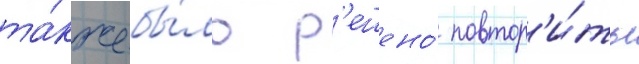
та́кже бы́ло р'ешено́ повтор'и́ть